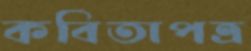
কবিতাপত্র